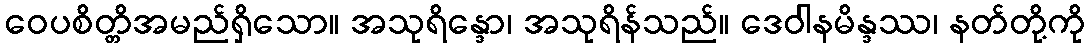
ဝေပစိတ္တိအမည်ရှိသော။ အသုရိန္ဒော၊ အသုရိန်သည်။ ဒေဝါနမိန္ဒဿ၊ နတ်တို့ကို